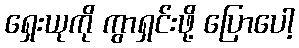
ရှေးယုကို ကွာရှင်းဖို့ ပြောပေါ့